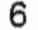
6